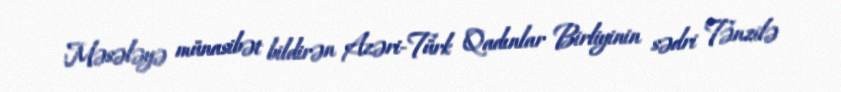
Məsələyə münasibət bildirən Azəri-Türk Qadınlar Birliyinin sədri Tənzilə